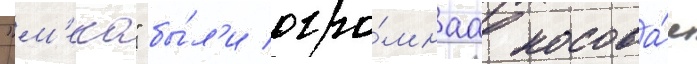
"м'еко" бы́л'и огро́мнаа носова́я